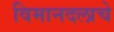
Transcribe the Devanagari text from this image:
विमानदलाचे